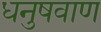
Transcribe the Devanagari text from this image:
धनुषवाण